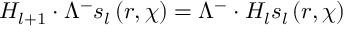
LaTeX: H _ { l + 1 } \cdot \Lambda ^ { - } s _ { l } \left( r , \chi \right) = \Lambda ^ { - } \cdot H _ { l } s _ { l } \left( r , \chi \right)